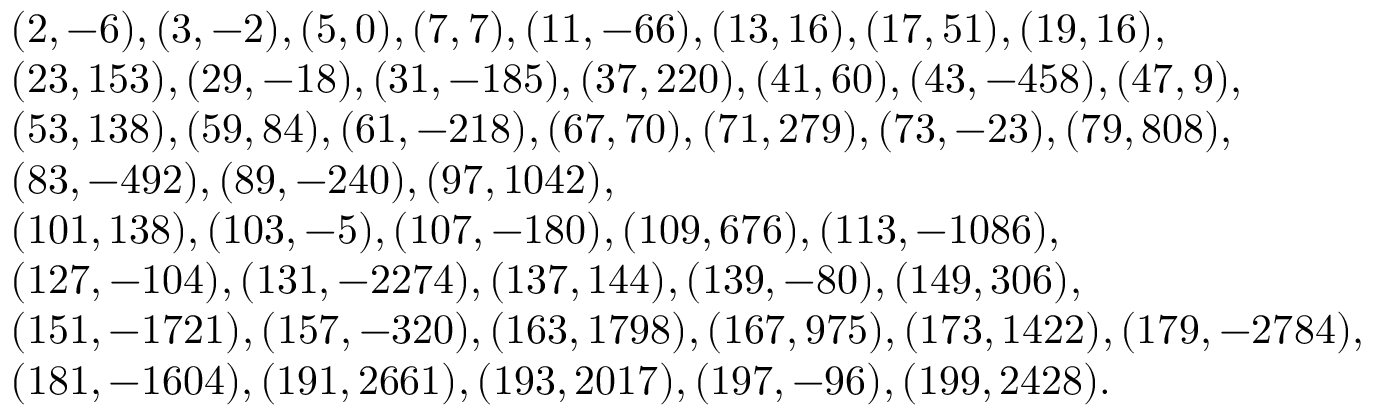
\begin{array} { r l } & { ( 2 , - 6 ) , ( 3 , - 2 ) , ( 5 , 0 ) , ( 7 , 7 ) , ( 1 1 , - 6 6 ) , ( 1 3 , 1 6 ) , ( 1 7 , 5 1 ) , ( 1 9 , 1 6 ) , } \\ & { ( 2 3 , 1 5 3 ) , ( 2 9 , - 1 8 ) , ( 3 1 , - 1 8 5 ) , ( 3 7 , 2 2 0 ) , ( 4 1 , 6 0 ) , ( 4 3 , - 4 5 8 ) , ( 4 7 , 9 ) , } \\ & { ( 5 3 , 1 3 8 ) , ( 5 9 , 8 4 ) , ( 6 1 , - 2 1 8 ) , ( 6 7 , 7 0 ) , ( 7 1 , 2 7 9 ) , ( 7 3 , - 2 3 ) , ( 7 9 , 8 0 8 ) , } \\ & { ( 8 3 , - 4 9 2 ) , ( 8 9 , - 2 4 0 ) , ( 9 7 , 1 0 4 2 ) , } \\ & { ( 1 0 1 , 1 3 8 ) , ( 1 0 3 , - 5 ) , ( 1 0 7 , - 1 8 0 ) , ( 1 0 9 , 6 7 6 ) , ( 1 1 3 , - 1 0 8 6 ) , } \\ & { ( 1 2 7 , - 1 0 4 ) , ( 1 3 1 , - 2 2 7 4 ) , ( 1 3 7 , 1 4 4 ) , ( 1 3 9 , - 8 0 ) , ( 1 4 9 , 3 0 6 ) , } \\ & { ( 1 5 1 , - 1 7 2 1 ) , ( 1 5 7 , - 3 2 0 ) , ( 1 6 3 , 1 7 9 8 ) , ( 1 6 7 , 9 7 5 ) , ( 1 7 3 , 1 4 2 2 ) , ( 1 7 9 , - 2 7 8 4 ) , } \\ & { ( 1 8 1 , - 1 6 0 4 ) , ( 1 9 1 , 2 6 6 1 ) , ( 1 9 3 , 2 0 1 7 ) , ( 1 9 7 , - 9 6 ) , ( 1 9 9 , 2 4 2 8 ) . } \end{array}